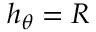
h _ { \theta } = R